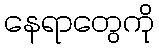
နေရာတွေကို